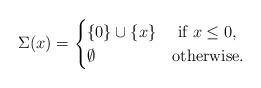
LaTeX: \begin{align*}\Sigma(x)=\begin{cases}\{0\}\cup \{x\} &\mbox{ if $x \leq 0$,}\\\emptyset&\mbox{otherwise.}\end{cases}\end{align*}